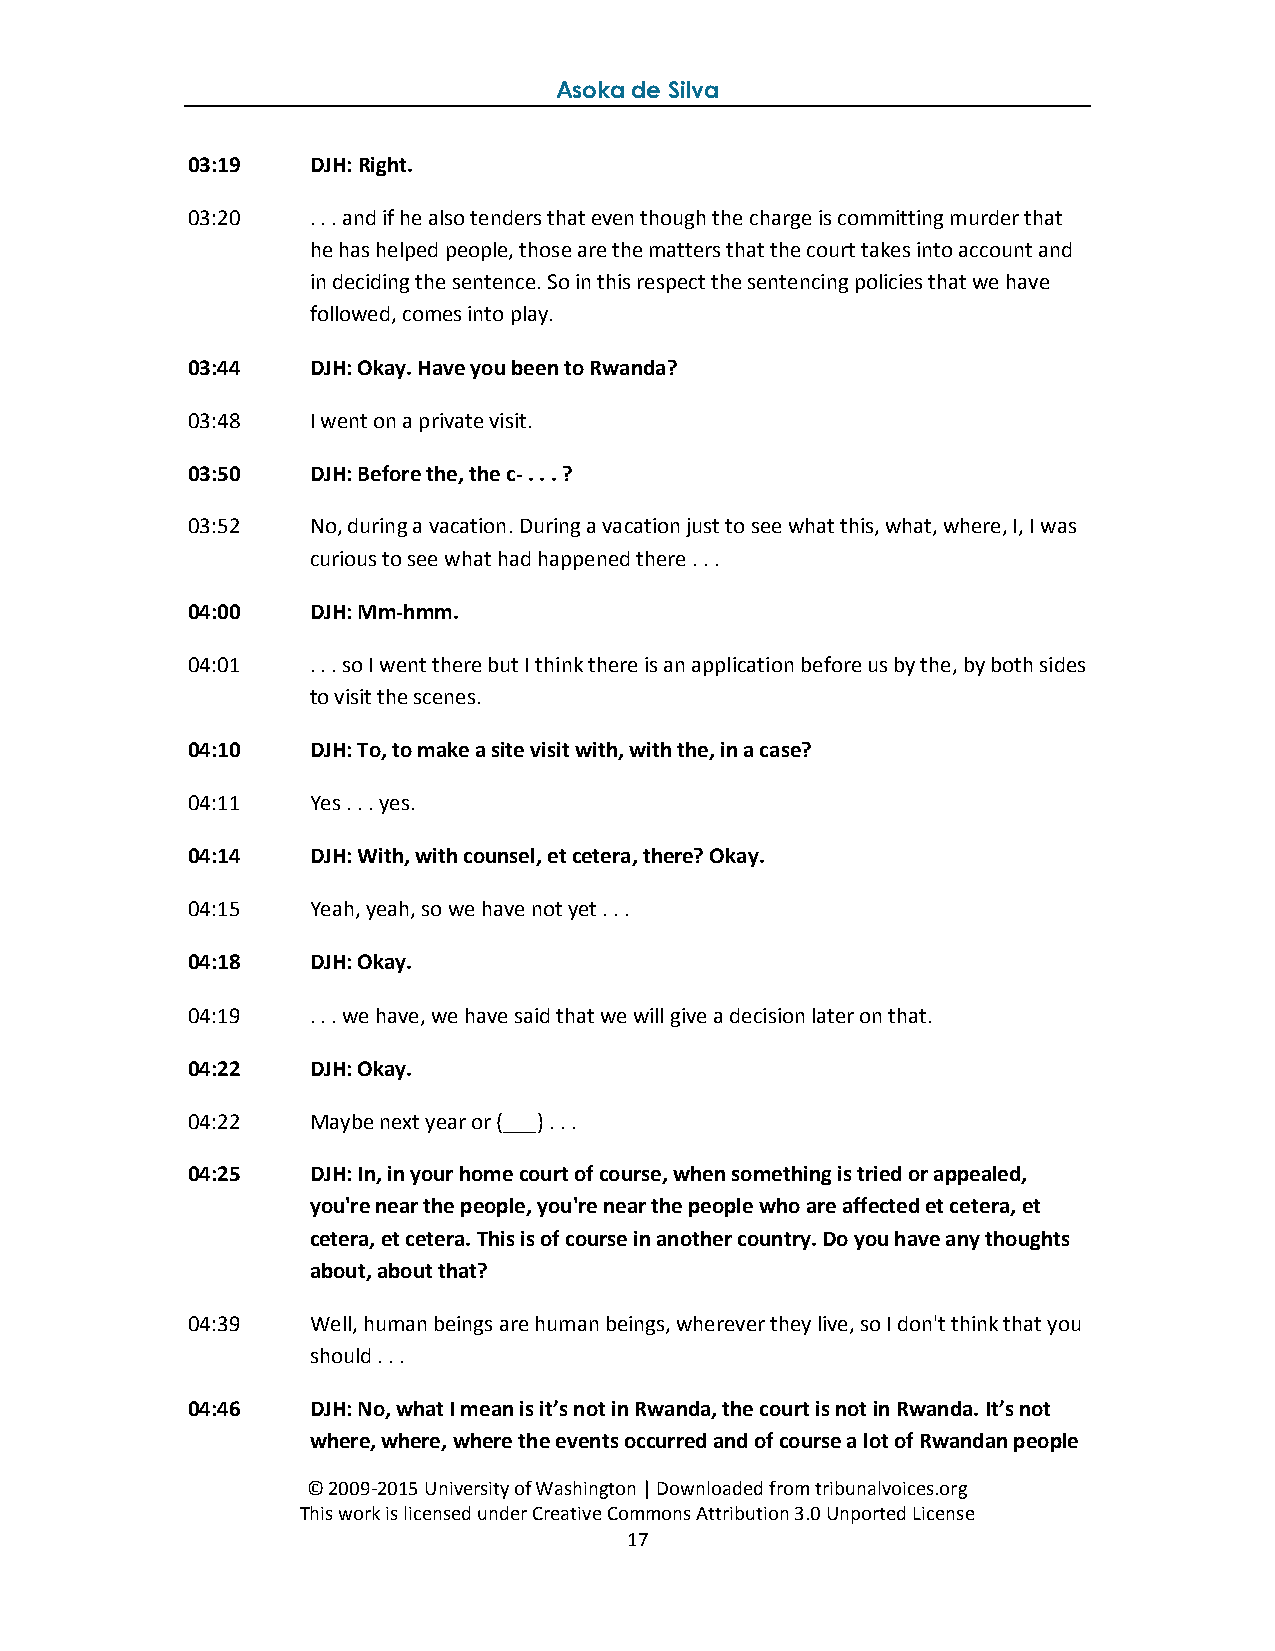
Asoka de Silva
 03:19   DJH: Right.
 03:20   . . . and if he also tenders that even though the charge is committing murder that
 he has helped people, those are the matters that the court takes into account and
 in deciding the sentence. So in this respect the sentencing policies that we have
 followed, comes into play.
 03:44   DJH: Okay. Have you been to Rwanda?
 03:48   I went on a private visit.
 03:50   DJH: Before the, the c- . . . ?
 03:52   No, during a vacation. During a vacation just to see what this, what, where, I, I was
 curious to see what had happened there . . .
 04:00   DJH: Mm-hmm.
 04:01   . . . so I went there but I think there is an application before us by the, by both sides
 to visit the scenes.
 04:10   DJH: To, to make a site visit with, with the, in a case?
 04:11   Yes . . . yes.
 04:14   DJH: With, with counsel, et cetera, there? Okay.
 04:15   Yeah, yeah, so we have not yet . . .
 04:18   DJH: Okay.
 04:19   . . . we have, we have said that we will give a decision later on that.
 04:22   DJH: Okay.
 04:22   Maybe next year or (___) . . .
 04:25   DJH: In, in your home court of course, when something is tried or appealed,
 you're near the people, you're near the people who are affected et cetera, et
 cetera, et cetera. This is of course in another country. Do you have any thoughts
 about, about that?
 04:39   Well, human beings are human beings, wherever they live, so I don't think that you
 should . . .
 04:46   DJH: No, what I mean is it’s not in Rwanda, the court is not in Rwanda. It’s not
 where, where, where the events occurred and of course a lot of Rwandan people
 © 2009-2015 University of Washington | Downloaded from tribunalvoices.org
 This work is licensed under Creative Commons Attribution 3.0 Unported License
 17